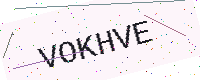
Text: VOKHVE